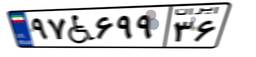
۹۷W۶۹۹۳۶